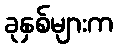
ခုနှစ်များက